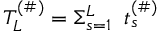
T _ { L } ^ { ( \# ) } = \Sigma _ { s = 1 } ^ { L } \; \; t _ { s } ^ { ( \# ) }